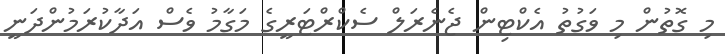
މި ގޮތުން މި ވަގުތު އެކްޓިން ޖެނެރަލް ސެކްރްޓަރީގެ މަގާމު ވެސް އަދާކުރަމުންދަނީ